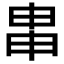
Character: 𤱓